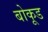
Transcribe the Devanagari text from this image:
बोकूड